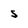
Character: S